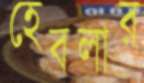
হেবলার